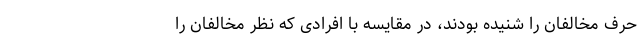
حرف مخالفان را شنیده بودند، در مقایسه با افرادی که نظر مخالفان را